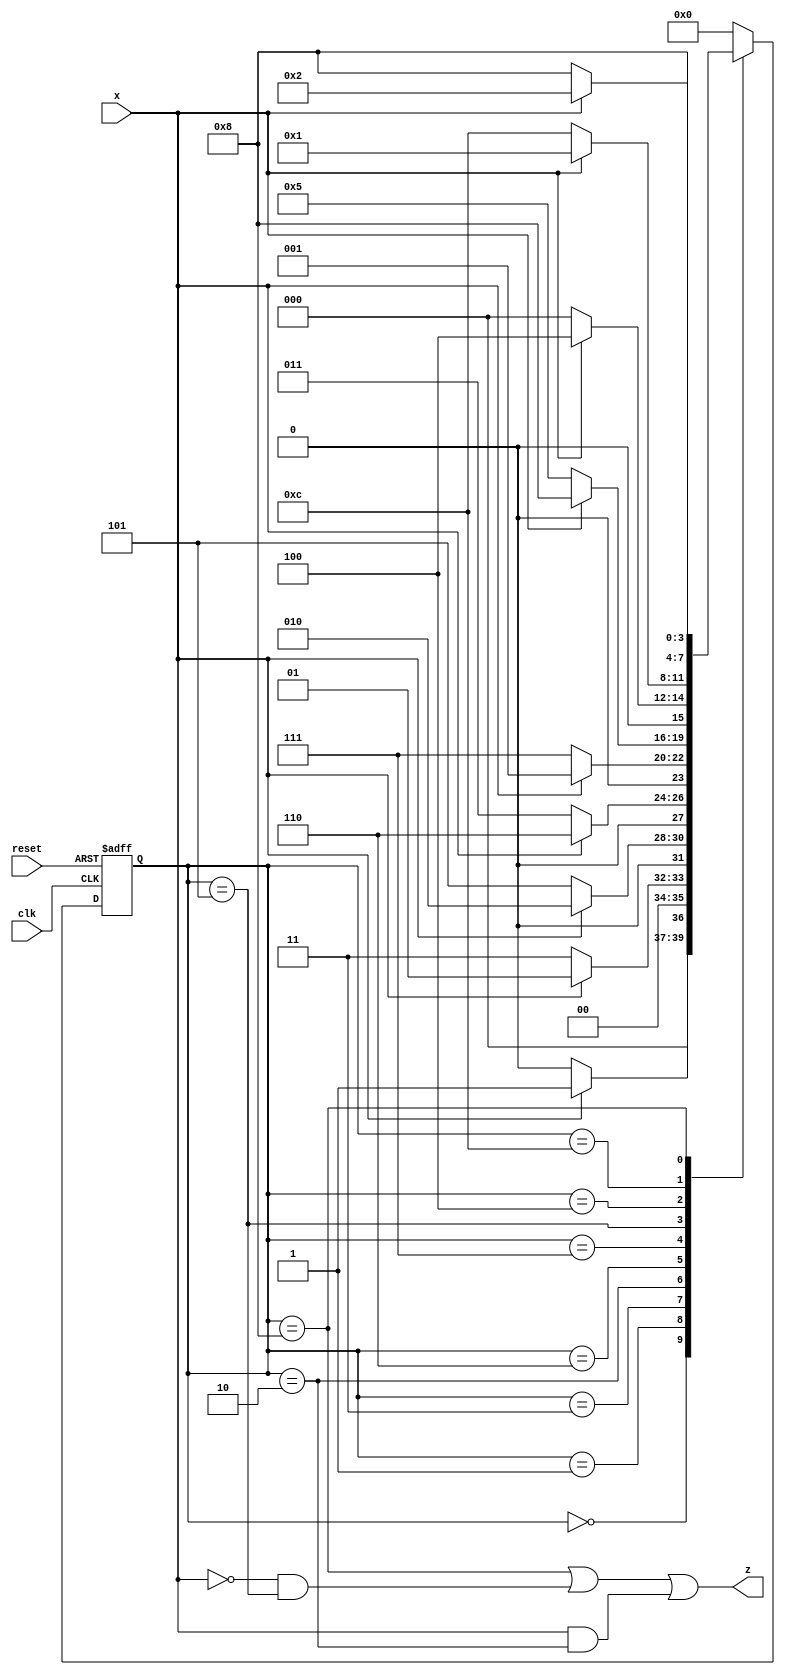
module fsm3(
input reset,
input x,clk,
output z
);
reg [3:0] state;
parameter 
    A = 4'b0000,
    B = 4'b0001,
    C = 4'b0011,
    D = 4'b0010,
    E = 4'b0110,
    F = 4'b0111,
    G = 4'b0101,
    H = 4'b0100,
    I = 4'b1100,
    S = 4'b1000;

    always@(posedge reset  or posedge clk)
    begin
    if(reset==1) state <= A;
    else begin
        case (state)
            A:if(x) state <= B;
              else state <= A;
              
            B:if(x) state <= B;
              else state <= C;
              
            C:if(x) state <= D;
              else state <= G;
              
            D:if(x) state <= E;
              else state <= C;

            E: if(x) state<= B;
               else state <= F;
            
            F: if(x) state<= S;
               else state <= G;
            
            G: if(x) state<= H;
               else state <= A;
            
            H: if(x) state<= B;
               else state <= I;
            
            I: if(x) state<= D;
               else state <= S;
            
            S: if(x) state<= S;
               else state <= S;
            
            default : state<= A; 
            
            endcase
            end 
            end
            assign z = (state == S)|(~(x)&(state==G)) | (x&(state==D));
endmodule